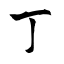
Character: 丁